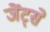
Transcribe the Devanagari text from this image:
जेंट्से